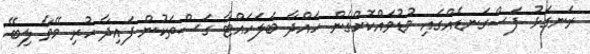
ރަނގަޅު ފަސްގަނޑެއްގައި މުޑުވައްކޮށްގެން ހައްދާ ބަލަަހައްޓާ ގަސްތަކުން ފައިދާ ހުރި މޭވާ ލިބޭ